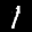
Label: 1